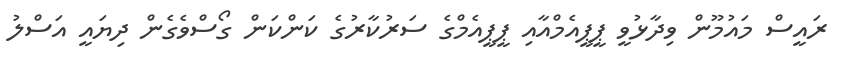
ރައީސް މައުމޫން ވިދާޅުވީ ޕީޕީއެމްއާއި ޕީޕީއެމްގެ ސަރުކާރުގެ ކަންކަން ގޯސްވެގެން ދިޔައީ އަސްލު